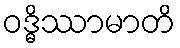
ဝဒ္ဓိဿာမာတိ